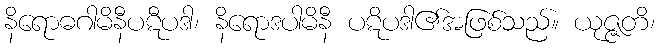
နိရောဓဂါမိနီပဋီပဒါ၊ နိရောဒပါမိနီ ပဋိပဒါ၏အဖြစ်သည်။ ယုဇ္ဇတိ၊